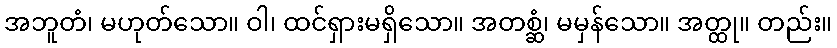
အဘူတံ၊ မဟုတ်သော။ ဝါ၊ ထင်ရှားမရှိသော။ အတစ္ဆံ၊ မမှန်သော။ အတ္ထု။ တည်း။